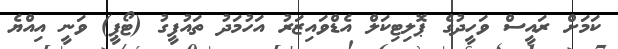
ކަމަށް ރައީސް ވަހީދުގެ ޕޮލިޓިކަލް އެޑްވައިޒަރު އަހުމަދު ތައުފީގު (ޓޯޕީ) ވަނީ އިއްޔެ